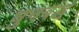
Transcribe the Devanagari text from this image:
धुनबद्ध